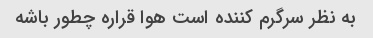
به نظر سرگرم کننده است هوا قراره چطور باشه